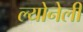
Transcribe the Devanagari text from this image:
ल्योनेली